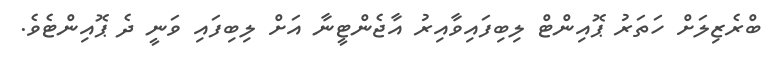
ބްރެޒިލަށް ހަތަރު ޕޮއިންޓް ލިބިފައިވާއިރު އާޖެންޓީނާ އަށް ލިބިފައި ވަނީ ދެ ޕޮއިންޓެވެ.